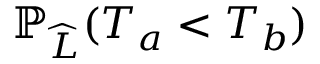
\mathbb { P } _ { \widehat { L } } ( T _ { a } < T _ { b } )